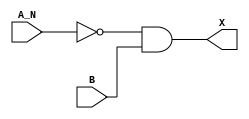
module sky130_fd_sc_hdll__and2b (
    X  ,
    A_N,
    B
);

    // Module ports
    output X  ;
    input  A_N;
    input  B  ;

    // Module supplies
    supply1 VPWR;
    supply0 VGND;
    supply1 VPB ;
    supply0 VNB ;

    // Local signals
    wire not0_out  ;
    wire and0_out_X;

    //  Name  Output      Other arguments
    not not0 (not0_out  , A_N            );
    and and0 (and0_out_X, not0_out, B    );
    buf buf0 (X         , and0_out_X     );

endmodule